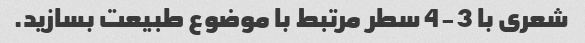
شعری با 3-4 سطر مرتبط با موضوع طبیعت بسازید.